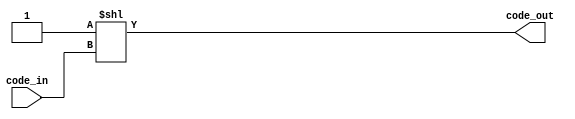
`timescale 1ns / 1ps
//////////////////////////////////////////////////////////////////////////////////
// Company: 
// Engineer: 
// 
// Design Name: 
// Module Name:    decoder 
// Project Name: 
// Target Devices: 
// Tool versions: 
// Description: 
//
// Dependencies: 
//
// Revision: 
// Revision 0.01 - File Created
// Additional Comments: 
//
//////////////////////////////////////////////////////////////////////////////////
module decoder #(parameter BITS=3)(
    input [BITS-1:0] code_in,
    output [(1<<BITS)-1:0] code_out
    );
	 
assign code_out ={{((1<<BITS)-1){1'b0}},{1'b1}} << code_in;


endmodule